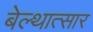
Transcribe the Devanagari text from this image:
बेल्थात्सार